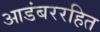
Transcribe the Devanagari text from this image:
आडंबररहित